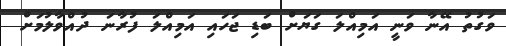
ވަގުތު އޭނާ ވަނީ އަމިއްލަ ގަޔަށް ބަޑި ޖަހައި އަމިއްލަ ފުރާނަ ދުއްވާލުމަށް